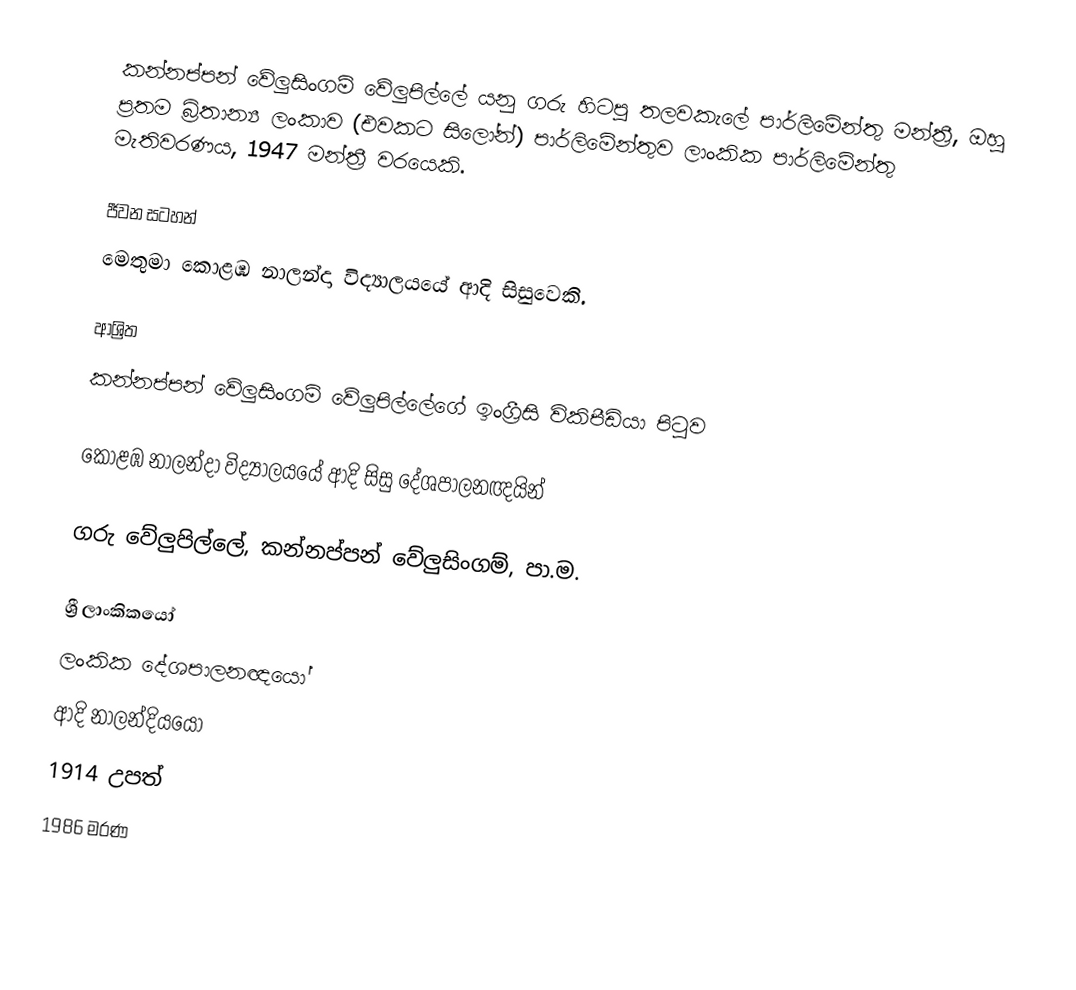
කන්නප්පන් වේලුසිංගම් වේලුපිල්ලේ යනු ගරු හිටපු තලවකැලේ පාර්ලිමේන්තු මන්ත්‍රී, ඔහු ප්‍රතම බ්‍රිතාන්‍ය ලංකාව (එවකට සිලෝන්) පාර්ලිමේන්තුව ලාංකික පාර්ලිමේන්තු මැතිවරණය, 1947 මන්ත්‍රී වරයෙකි.

ජීවන සටහන්
මෙතුමා  කොළඹ නාලන්දා විද්‍යාලයයේ ආදි සිසුවෙකි.

ආශ්‍රිත
කන්නප්පන් වේලුසිංගම් වේලුපිල්ලේගේ ඉංග්‍රීසි විකිපීඩියා පිටුව

කොළඹ නාලන්දා විද්‍යාලයයේ ආදි සිසු දේශපාලනඥයින්

ගරු වේලුපිල්ලේ, කන්නප්පන් වේලුසිංගම්, පා.ම.

ශ්‍රී ලාංකිකයෝ
ලංකික දේශපාලනඥයෝ
ආදි නාලන්දියයෝ
1914 උපත්
1986 මරණ